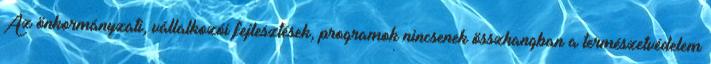
Az önkormányzati, vállalkozói fejlesztések, programok nincsenek összhangban a természetvédelem